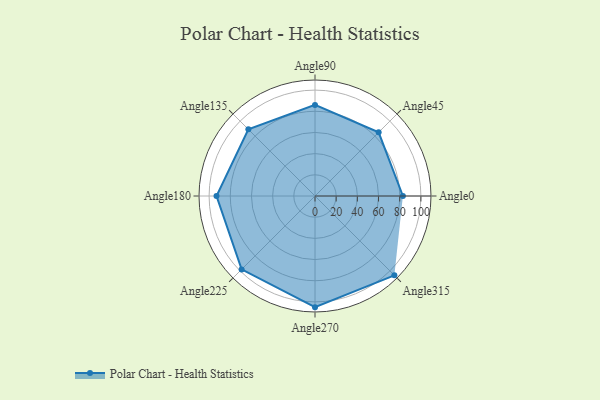
{"axis": {"x": "Angle", "y": "Radius"}, "legend": [""], "data": [{"x": "Angle0", "y": 83.0, "type": ""}, {"x": "Angle45", "y": 85.0, "type": ""}, {"x": "Angle90", "y": 86.0, "type": ""}, {"x": "Angle135", "y": 89.0, "type": ""}, {"x": "Angle180", "y": 93.0, "type": ""}, {"x": "Angle225", "y": 98.0, "type": ""}, {"x": "Angle270", "y": 105.0, "type": ""}, {"x": "Angle315", "y": 106.0, "type": ""}]}